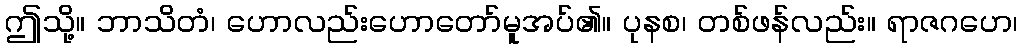
ဤသို့။ ဘာသိတံ၊ ဟောလည်းဟောတော်မူအပ်၏။ ပုနစ၊ တစ်ဖန်လည်း။ ရာဇဂဟေ၊